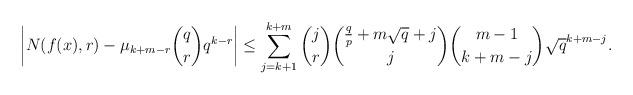
LaTeX: \begin{align*}\left|N(f(x), r)-\mu_{k+m-r}{q \choose r}q^{k-r}\right|\leq \sum_{j=k+1}^{k+m} {j \choose r}{\frac {q}p+m\sqrt{q}+j \choose j}{m-1 \choose k+m-j} \sqrt{q}^{k+m-j}. \end{align*}